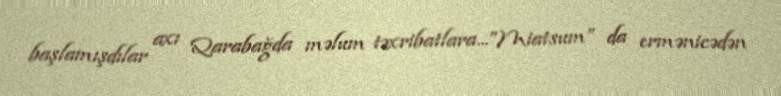
başlamışdılar axı Qarabağda məlum təxribatlara...”Miatsum” da ermənicədən